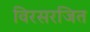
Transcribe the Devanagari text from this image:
विरसरजित